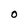
Character: 0